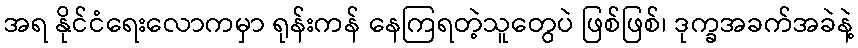
အရ နိုင်ငံရေးလောကမှာ ရုန်းကန် နေကြရတဲ့သူတွေပဲ ဖြစ်ဖြစ်၊ ဒုက္ခအခက်အခဲနဲ့